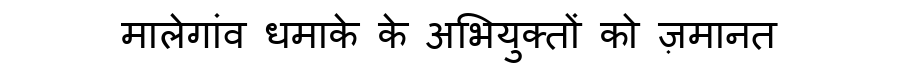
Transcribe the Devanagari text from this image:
मालेगांव धमाके के अभियुक्तों को ज़मानत